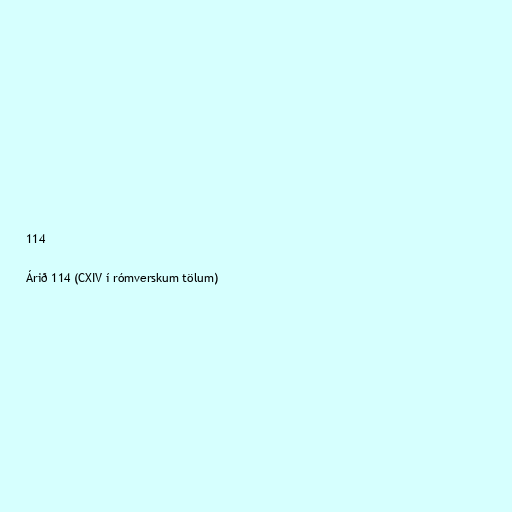
114

Árið 114 (CXIV í rómverskum tölum)